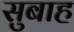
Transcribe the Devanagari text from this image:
सुबाह